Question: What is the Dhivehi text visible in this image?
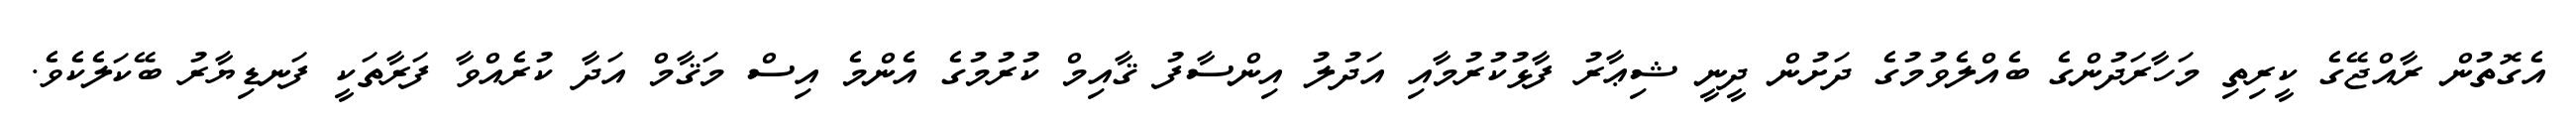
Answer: އެގޮތުން ރާއްޖޭގެ ކީރިތި މަހާރަދުންގެ ބެއްލެވުމުގެ ދަށުން ދީނީ ޝިޢާރު ފާޅުކުރުމާއި އަދުލު އިންސާފު ޤާއިމް ކުރުމުގެ އެންމެ އިސް މަޤާމް އަދާ ކުރެއްވާ ފަރާތަކީ ފަނޑިޔާރު ބޭކަލެކެވެ.